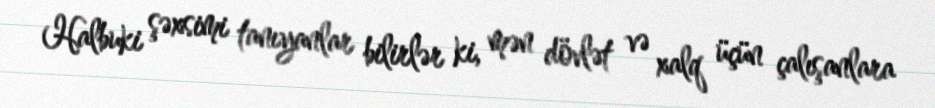
Halbuki şəxsimi tanıyanlar bilirlər ki, mən dövlət və xalq üçün çalışanlara